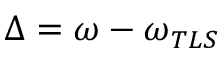
\Delta = \omega - \omega _ { T L S }